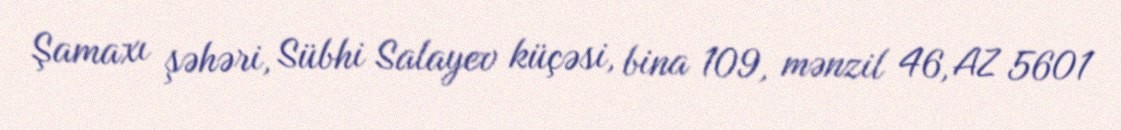
Şamaxı şəhəri, Sübhi Salayev küçəsi, bina 109, mənzil 46, AZ 5601